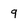
Character: q